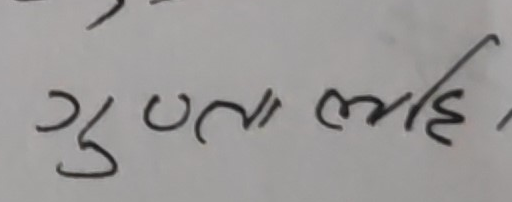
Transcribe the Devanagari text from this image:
गुणता लहि